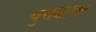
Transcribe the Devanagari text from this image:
युक्त्यांवर